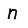
Character: n